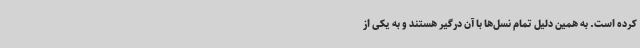
کرده است. به همین دلیل تمام نسل‌ها با آن درگیر هستند و به یکی از